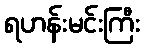
ရဟန်းမင်းကြီး